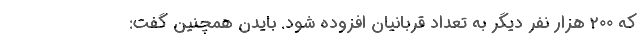
که 200 هزار نفر دیگر به تعداد قربانیان افزوده شود. بایدن همچنین گفت: